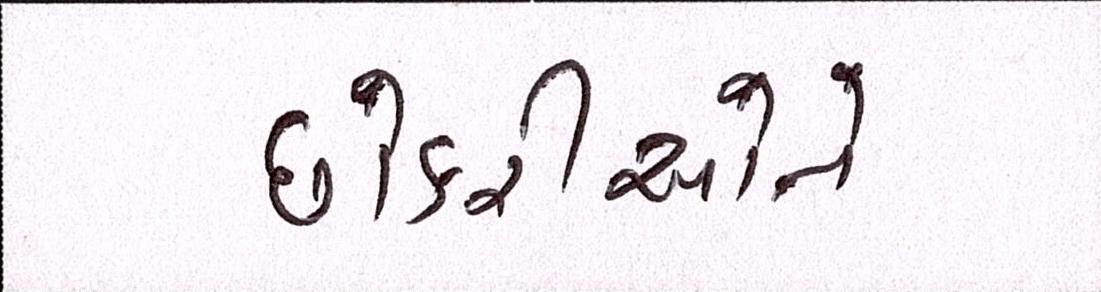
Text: છોકરીઓને